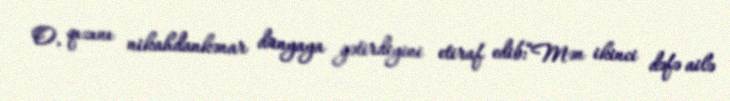
O, qızını nikahdankənar dünyaya gətirdiyini etiraf edib:“Mən ikinci dəfə ailə